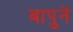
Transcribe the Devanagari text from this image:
बापुने